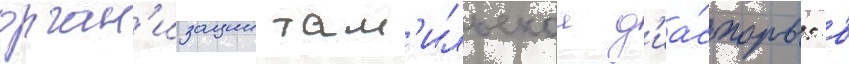
орган'изации там'ильскои д'иа́споры: в